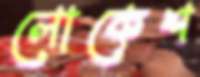
লোকেশ